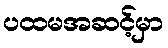
ပထမအဆင့်မှာ